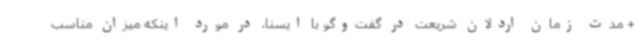
+ مدت زمان اردلان شریعت در گفت‌وگو با ایسنا، در مورد اینکه میزان مناسب